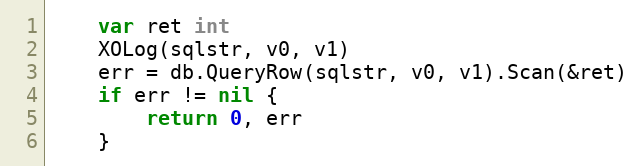
Language: Go
	var ret int
	XOLog(sqlstr, v0, v1)
	err = db.QueryRow(sqlstr, v0, v1).Scan(&ret)
	if err != nil {
		return 0, err
	}